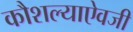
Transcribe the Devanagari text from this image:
कौशल्याऐवजी